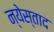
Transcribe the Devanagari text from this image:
न्येस्ताद